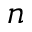
n